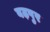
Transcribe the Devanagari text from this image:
बढ़पुर